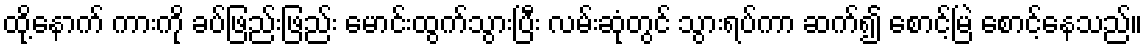
ထို့နောက် ကားကို ခပ်ဖြည်းဖြည်း မောင်းထွက်သွားပြီး လမ်းဆုံတွင် သွားရပ်ကာ ဆက်၍ စောင့်မြဲ စောင့်နေသည်။